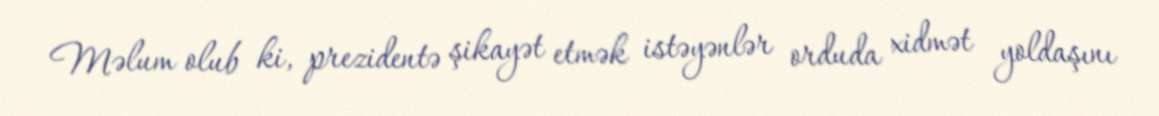
Məlum olub ki, prezidentə şikayət etmək istəyənlər orduda xidmət yoldaşını